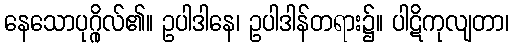
နေသောပုဂ္ဂိုလ်၏။ ဥပါဒါနေ၊ ဥပါဒါန်တရား၌။ ပါဋိကုလျတာ၊